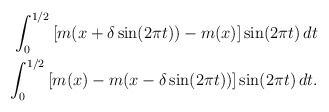
\begin{align*}\begin{aligned} \int_{0}^{1/2}\left[m(x +\delta\sin(2\pi t))- m(x)\right]\sin(2\pi t)\,dt \\ \int_{0}^{1/2}\left[m(x)-m( x-\delta\sin(2\pi t)) \right]\sin(2\pi t)\,dt.\end{aligned}\end{align*}